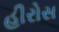
હીરોસ